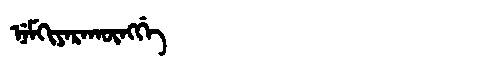
Manchu: ᠨᡝᠮᡴᡳᠶᠠᡵᠠᡴᡡᠩᡤᡝ
Romanization: NEMKIYARAKŪNGGE